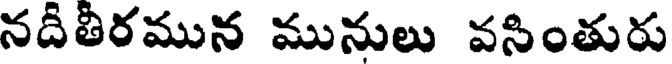
నదీతీరమున మునులు వసింతురు